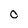
Character: 0